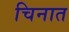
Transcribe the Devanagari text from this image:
चिनात